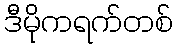
ဒီမိုကရက်တစ်